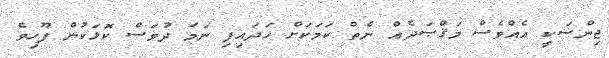
ޖިންސަކީ އެއްވެސް މަޤްޞަދެއް ނެތް ކަމަކަށް ހަދައިފި ނަމަ ދުވަސް ކޮޅަކުން ފޫހިވެ